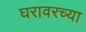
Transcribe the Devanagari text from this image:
घरावरच्या